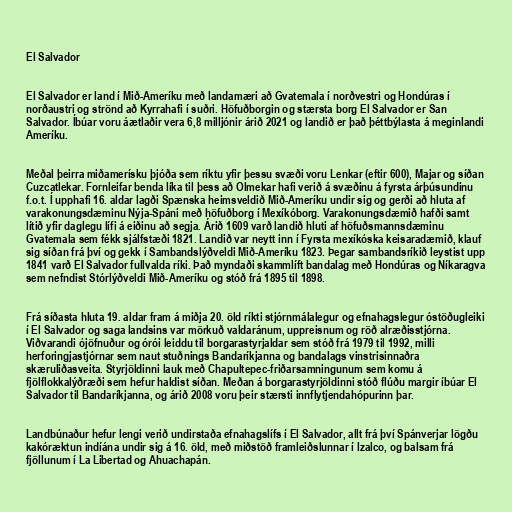
El Salvador

El Salvador er land í Mið-Ameríku með landamæri að Gvatemala í norðvestri og Hondúras í
norðaustri og strönd að Kyrrahafi í suðri. Höfuðborgin og stærsta borg El Salvador er San
Salvador. Íbúar voru áætlaðir vera 6,8 milljónir árið 2021 og landið er það þéttbýlasta á meginlandi
Ameríku.

Meðal þeirra miðamerísku þjóða sem ríktu yfir þessu svæði voru Lenkar (eftir 600), Majar og síðan
Cuzcatlekar. Fornleifar benda líka til þess að Olmekar hafi verið á svæðinu á fyrsta árþúsundinu
f.o.t. Í upphafi 16. aldar lagði Spænska heimsveldið Mið-Ameríku undir sig og gerði að hluta af
varakonungsdæminu Nýja-Spáni með höfuðborg í Mexíkóborg. Varakonungsdæmið hafði samt
lítið yfir daglegu lífi á eiðinu að segja. Árið 1609 varð landið hluti af höfuðsmannsdæminu
Gvatemala sem fékk sjálfstæði 1821. Landið var neytt inn í Fyrsta mexíkóska keisaradæmið, klauf
sig síðan frá því og gekk í Sambandslýðveldi Mið-Ameríku 1823. Þegar sambandsríkið leystist upp
1841 varð El Salvador fullvalda ríki. Það myndaði skammlíft bandalag með Hondúras og Níkaragva
sem nefndist Stórlýðveldi Mið-Ameríku og stóð frá 1895 til 1898.

Frá síðasta hluta 19. aldar fram á miðja 20. öld ríkti stjórnmálalegur og efnahagslegur óstöðugleiki
í El Salvador og saga landsins var mörkuð valdaránum, uppreisnum og röð alræðisstjórna.
Viðvarandi ójöfnuður og órói leiddu til borgarastyrjaldar sem stóð frá 1979 til 1992, milli
herforingjastjórnar sem naut stuðnings Bandaríkjanna og bandalags vinstrisinnaðra
skæruliðasveita. Styrjöldinni lauk með Chapultepec-friðarsamningunum sem komu á
fjölflokkalýðræði sem hefur haldist síðan. Meðan á borgarastyrjöldinni stóð flúðu margir íbúar El
Salvador til Bandaríkjanna, og árið 2008 voru þeir stærsti innflytjendahópurinn þar.

Landbúnaður hefur lengi verið undirstaða efnahagslífs í El Salvador, allt frá því Spánverjar lögðu
kakóræktun indíána undir sig á 16. öld, með miðstöð framleiðslunnar í Izalco, og balsam frá
fjöllunum í La Libertad og Ahuachapán.